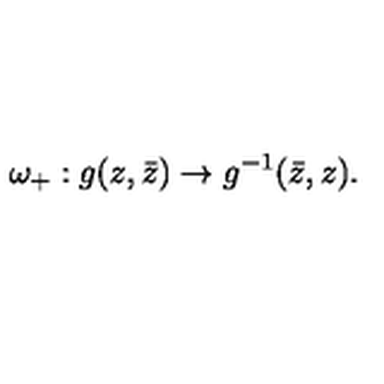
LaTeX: \omega _ { + } : g ( z , \bar { z } ) \to g ^ { - 1 } ( \bar { z } , z ) .